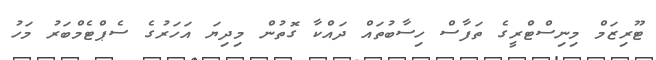
ޓޫރިޒަމް މިނިސްޓްރީގެ ތަފާސް ހިސާބުތައް ދައްކާ ގޮތުން މިދިޔަ އަހަރުގެ ސެޕްޓެމްބަރު މަހު